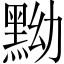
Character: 黝